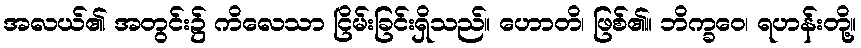
အလယ်၏ အတွင်း၌ ကိလေသာ ငြိမ်းခြင်းရှိသည်။ ဟောတိ၊ ဖြစ်၏။ ဘိက္ခဝေ၊ ရဟန်းတို့။